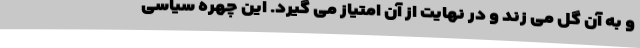
و به آن گل می زند و در نهایت از آن امتیاز می گیرد. این چهره سیاسی